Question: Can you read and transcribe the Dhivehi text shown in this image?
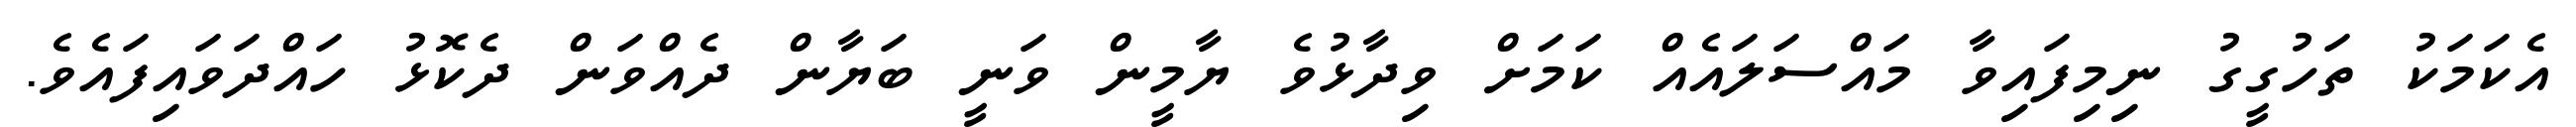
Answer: އެކަމަކު ތަހުގީގު ނިމިފައިވާ މައްސަލައެއް ކަމަށް ވިދާޅުވެ ޔާމީން ވަނީ ބަޔާން ދެއްވަން ދެކޮޅު ހައްދަވައިފައެވެ.